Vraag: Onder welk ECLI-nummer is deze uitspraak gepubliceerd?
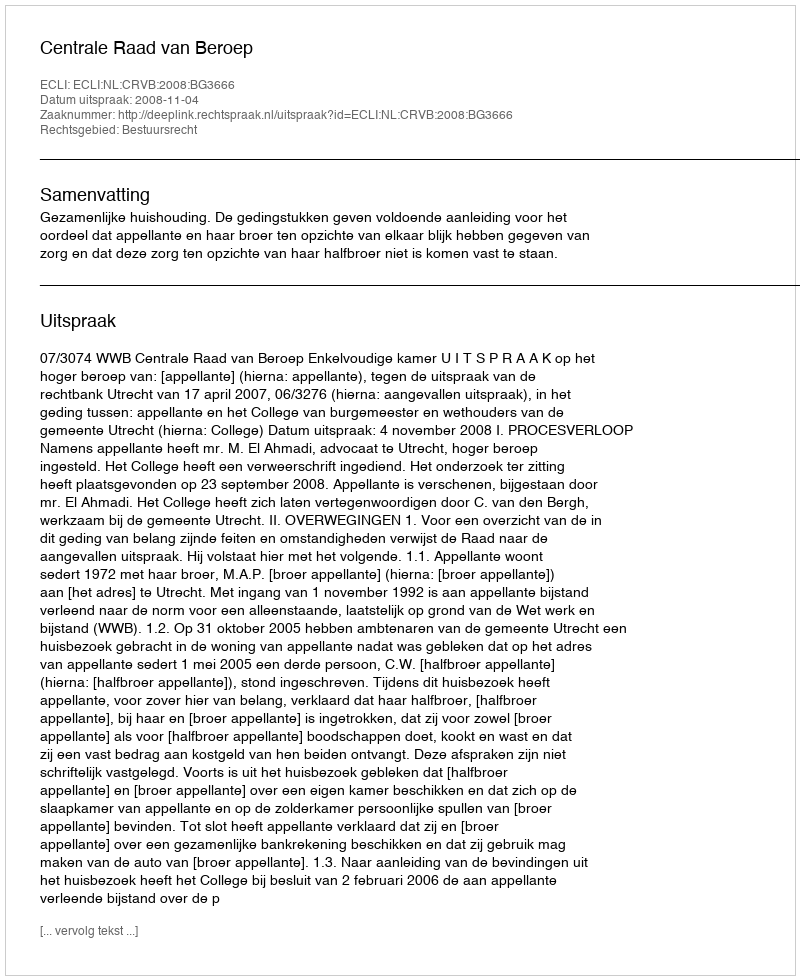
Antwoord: ECLI:NL:CRVB:2008:BG3666